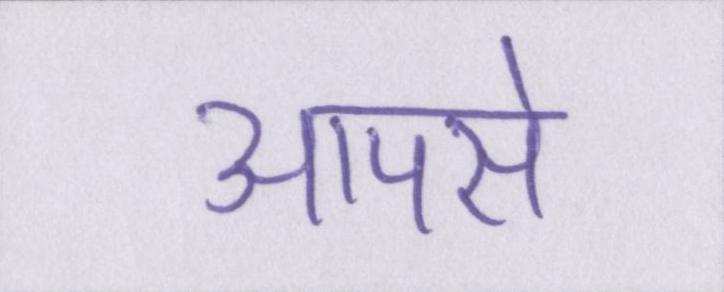
आपसे